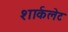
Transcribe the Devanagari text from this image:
शार्कलेट